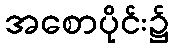
အစောပိုင်း၌